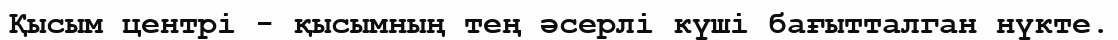
Қысым центрі - қысымның тең әсерлі күші бағытталган нүкте.